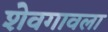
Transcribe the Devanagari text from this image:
शेवगावला